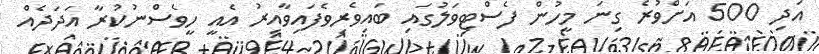
އަދި 500 އަށްވުރެ ގިނަ މީހުން ފެސްޓިވަލުގައި ބައިވެރިވެފައިވާއިރު އެއީ ހީވެސްނުކުރާ އަދަދެއް